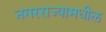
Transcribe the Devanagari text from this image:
नगरराज्यामधील